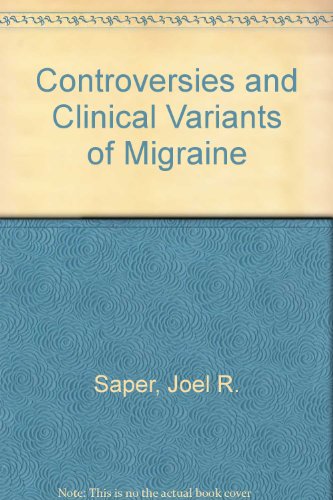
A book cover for Controversies and Clinical Variants of Migraine; Health, Fitness & Dieting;